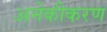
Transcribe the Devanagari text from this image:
अनेकीकरण